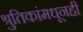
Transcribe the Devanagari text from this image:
श्रुतिकांमधूनही